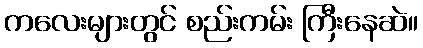
ကလေးများတွင် စည်းကမ်း ကြီးနေဆဲ။